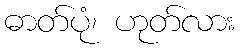
ဓာတ်ပုံ၊ ဟုတ်လား